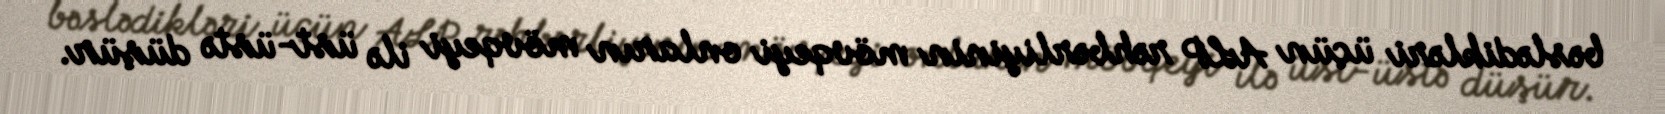
bəslədikləri üçün ALP rəhbərliyinin mövqeyi onların mövqeyi ilə üst-üstə düşür.